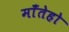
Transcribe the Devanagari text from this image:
माँतेहो